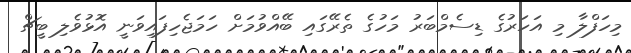
މިހަފްލާ މި އަހަރުގެ ޑިސެމްބަރު މަހުގެ ތެރޭގައި ބޭއްވުމަށް ހަމަޖެހިފައިވަނީ އޮޅުވެލި ބީޗް